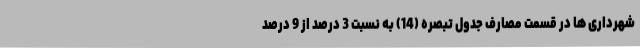
شهرداری ها در قسمت مصارف جدول تبصره (14) به نسبت 3 درصد از 9 درصد